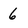
Character: 6